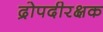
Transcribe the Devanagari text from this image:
द्रोपदीरक्षक